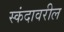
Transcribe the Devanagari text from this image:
स्कंदावरील